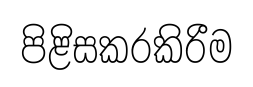
පිළිසකරකිරීම